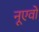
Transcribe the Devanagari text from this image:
नूएवो